Scottish Certificate of Education, 1962
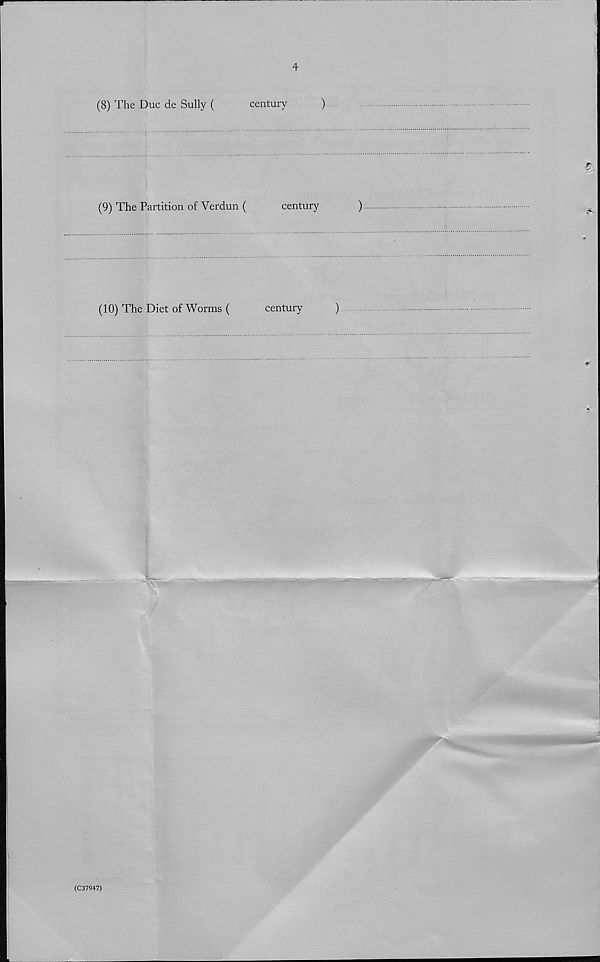
4
(8) The Due de Sully (
century
)
(9) The Partition of Verdun (
century
)
(10) The Diet of Worms (
century
)
(C37947)